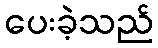
ပေးခဲ့သည်